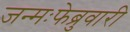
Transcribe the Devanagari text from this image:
जन्मःफेब्रुवारी